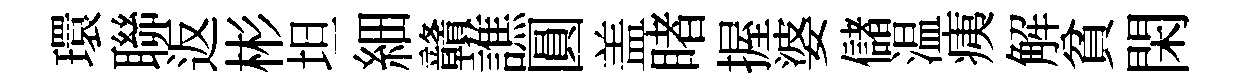
環聯返彬坦細贛譙圓盖睹握婆儲温痍解貧閑